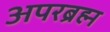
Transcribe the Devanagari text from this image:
अपरब्रह्म